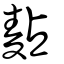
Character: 䴴